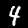
Digit: 4